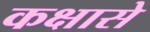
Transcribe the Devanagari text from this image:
कक्षासे